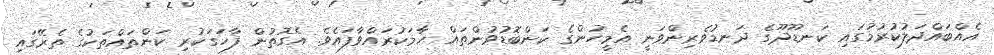
އެއްބައްދަލުކުރުމުގައި ކަނޑޫދޫގެ ދަނޑުވެރިންވަނީ އެމީހުންގެ ކަންބޮޑުވުންތައް ހާމަކުރައްވާފައެވެ. އެގޮތުން ފާހަގަކުރި ކަންތައްތަކުގެ ތެރޭގައި